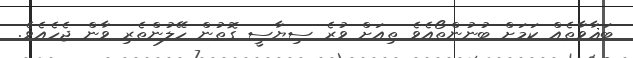
ބަޣާވާތެއް ކަމަށް ބުނުންތޯއެވެ ތިއަށް ވުރެ ސިޔާސީ ގޮތުން ހޭލުންތެރި ވާން ޖެހެއެވެ.